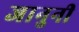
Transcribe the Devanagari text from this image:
जानुनी